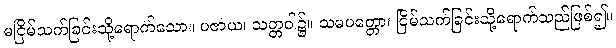
မငြိမ်သက်ခြင်းသို့ရောက်သော။ ပဇာယ၊ သတ္တဝါ၌။ သမပတ္တော၊ ငြိမ်သက်ခြင်းသို့ရောက်သည်ဖြစ်၍။